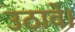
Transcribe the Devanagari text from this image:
उठावे।